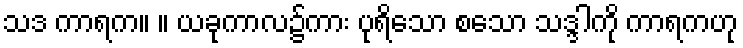
သဒ ကာရက။ ။ ယခုကာလ၌ကား ပုရိသော စသော သဒ္ဒါကို ကာရကဟု